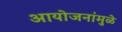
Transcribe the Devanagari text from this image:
आयोजनांमुळे